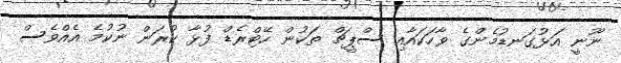
ނޫނީ އަޅުގަނޑުމެންގެ ވާހަކައާއި ސްޕީޗް ތަކުން ހޭޓްރެޑް ފުޅާ ކުރަން ނުކުމެ އެއްވެސް